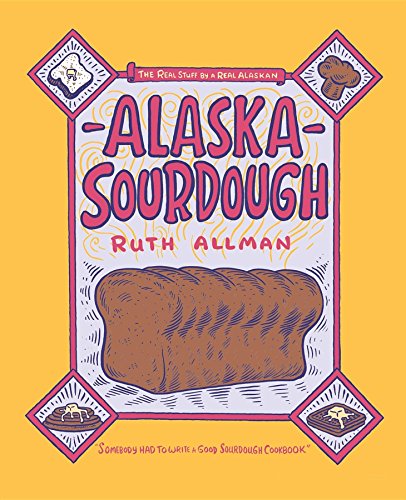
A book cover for Alaska Sourdough; Ruth Allman; Cookbooks, Food & Wine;